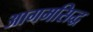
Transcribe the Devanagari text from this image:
आगमसिद्ध